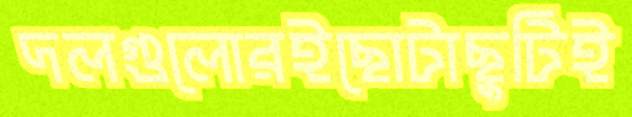
দলগুলোরইছোটাছুটিই